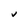
Character: V